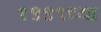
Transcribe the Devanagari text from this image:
१९९१च्या